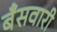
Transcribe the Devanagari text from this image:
बँसवारी